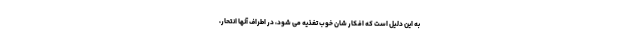
به این دلیل است که افکار شان خوب تغذیه می ‌شود، در اطراف آنها انتحار،